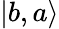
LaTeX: |b,a\rangle